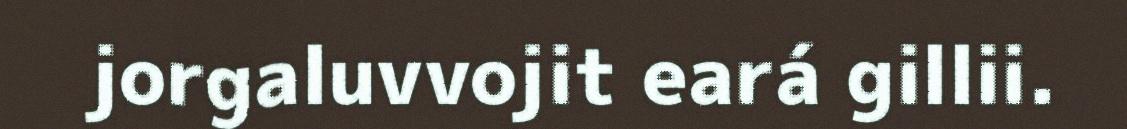
jorgaluvvojit eará gillii.